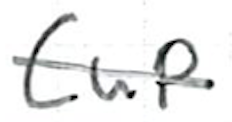
Text: Cup
Cross-out: single-line
Writing tool: ballpoint